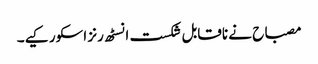
مصباح نے ناقابل شکست انسٹھ رنز اسکور کیے۔